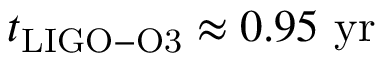
t _ { \mathrm { { L I G O - O 3 } } } \approx 0 . 9 5 ~ \mathrm { { y r } }